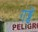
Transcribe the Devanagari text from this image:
गड्ढें